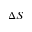
\Delta S